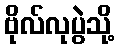
ဗိုလ်လုပွဲသို့